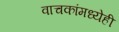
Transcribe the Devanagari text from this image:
वाचकांमध्येही